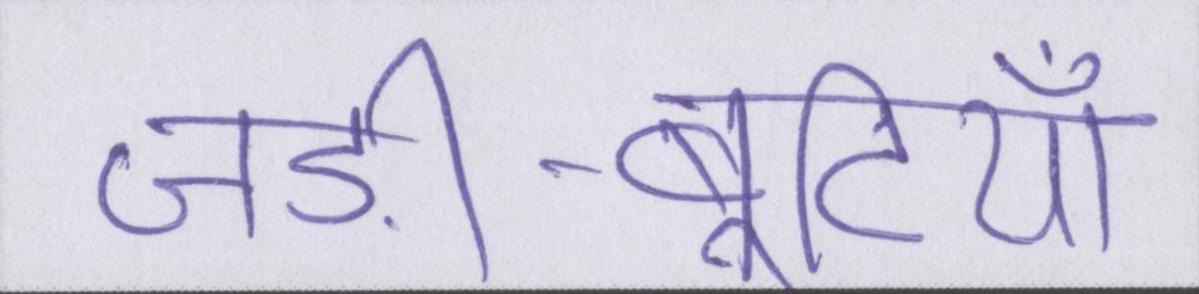
जड़ी-बूटियाँ